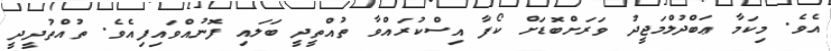
އެވެ. މިކަމާ ޢަބްދުލްމަޖީދު ވަރަށްބޮޑަށް ކޯފާ އިސްކުރައްވާ ތުއްތީދީ ބަލައި ފޮނުއްވައިފިއެވެ. ތުއްތުދީދީ